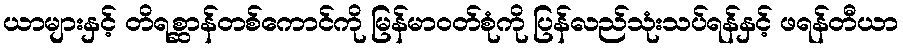
ယာများနှင့် တိရစ္ဆာန်တစ်ကောင်ကို မြန်မာဝတ်စုံကို ပြန်လည်သုံးသပ်ရန်နှင့် ဖရန်တီယာ